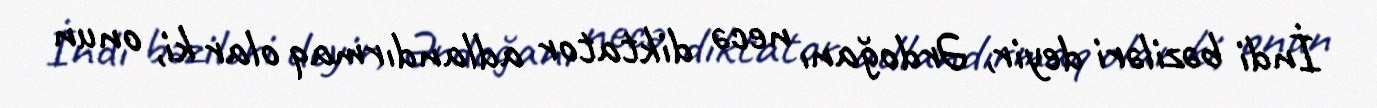
İndi bəziləri deyir, Ərdoğanı necə diktator adlandırmaq olar ki, onun